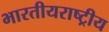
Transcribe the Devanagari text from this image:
भारतीयराष्ट्रीय